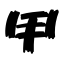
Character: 甲